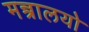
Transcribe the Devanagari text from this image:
मन्त्रालयो